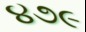
૪૭૯